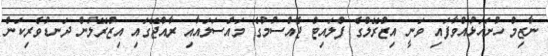
ނާޒިމް ހުށަހަޅުއްވާފައި ވަނީ އިޒްރޭލްގެ ފްލައިޓް ޖެއްސުމުގެ މައްސަލައާއި ރާއްޖޭގައި އިޒްރޭލުން ދަނޑުވެރިކަން